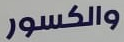
والكسور